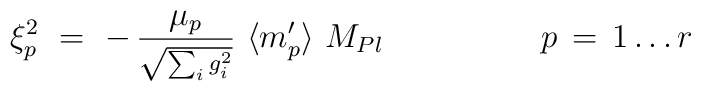
\xi^2_p\ =\ -\, \frac{\mu_p}{\scriptstyle{\sqrt{\sum_i g^2_i}}}\  \langle m'_p \rangle\ M_{Pl}  \hskip 2cm  p\, =\, 1 \ldots r